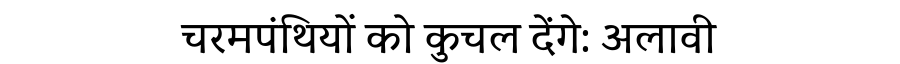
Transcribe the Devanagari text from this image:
चरमपंथियों को कुचल देंगे: अलावी